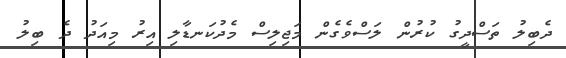
ދެބިލު ތަސްދީގު ކުރުން ލަސްވެގެން މަޖިލިސް މެދުކަނޑާލި އިރު މިއަދު ދެ ބިލު